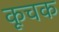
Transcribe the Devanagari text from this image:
कूचक